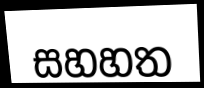
සහහත